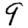
Digit: 9